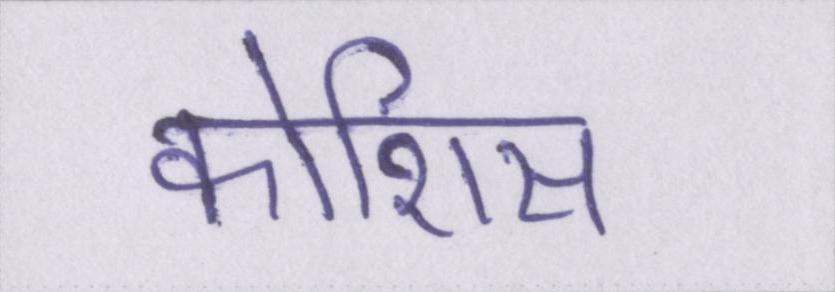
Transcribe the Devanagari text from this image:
कोशिस